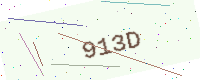
Text: 913D